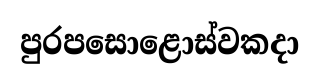
පුරපසොළොස්වකදා